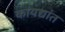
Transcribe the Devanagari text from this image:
कायद्यांत